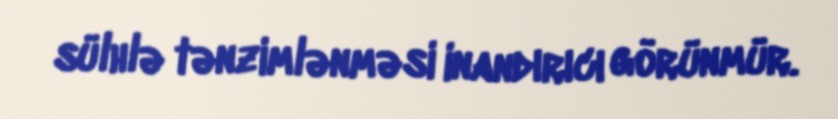
sülhlə tənzimlənməsi inandırıcı görünmür.